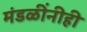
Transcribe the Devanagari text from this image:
मंडळींनीही